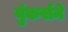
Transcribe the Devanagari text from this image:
युंकर्सने